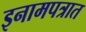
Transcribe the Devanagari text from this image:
इनामपत्रात